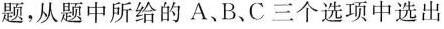
题,从题中所给的 A、B、C三个选项中选出